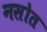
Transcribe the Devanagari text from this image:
नसोत